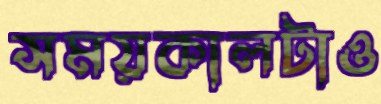
সময়কালটাও